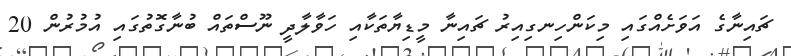
ޗައިނާގެ އަވަށެއްގައި މިކަންހިނގިއިރު ޗަައިނާ މީޑިޔާތަކާއި ހަވާލާދީ ނޫސްތައް ބުނާގޮތުގައި އުމުރުން 20